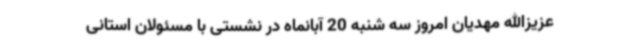
عزیزالله مهدیان امروز سه شنبه 20 آبانماه در نشستی با مسئولان استانی